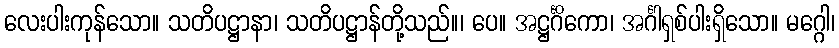
လေးပါးကုန်သော။ သတိပဋ္ဌာနာ၊ သတိပဋ္ဌာန်တို့သည်။၊ ပေ။ အဋ္ဌင်္ဂိကော၊ အင်္ဂါရှစ်ပါးရှိသော။ မဂ္ဂေါ၊